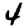
Digit: 4